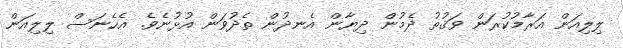
ލިލިއަން އަރާމުކުރަން ވަޤުތު ދެމުން ދިޔާން އެނދުން ތެދުވަން އުޅުނެވެ. އެހެނަސް ލިލިއަން